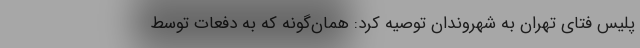
پلیس فتای تهران به شهروندان توصیه کرد: همان‌گونه که به دفعات توسط